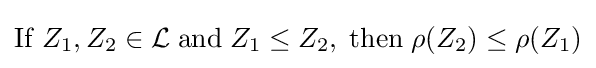
\mathrm {If} \;Z_{1},Z_{2}\in {\mathcal {L}}\;\mathrm {and} \;Z_{1}\leq Z_{2},\;\mathrm {then} \;\rho (Z_{2})\leq \rho (Z_{1})